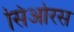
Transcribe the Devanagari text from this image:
सिओरस